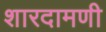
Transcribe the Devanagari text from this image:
शारदामणी